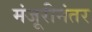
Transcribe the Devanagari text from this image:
मंजूरीनंतर